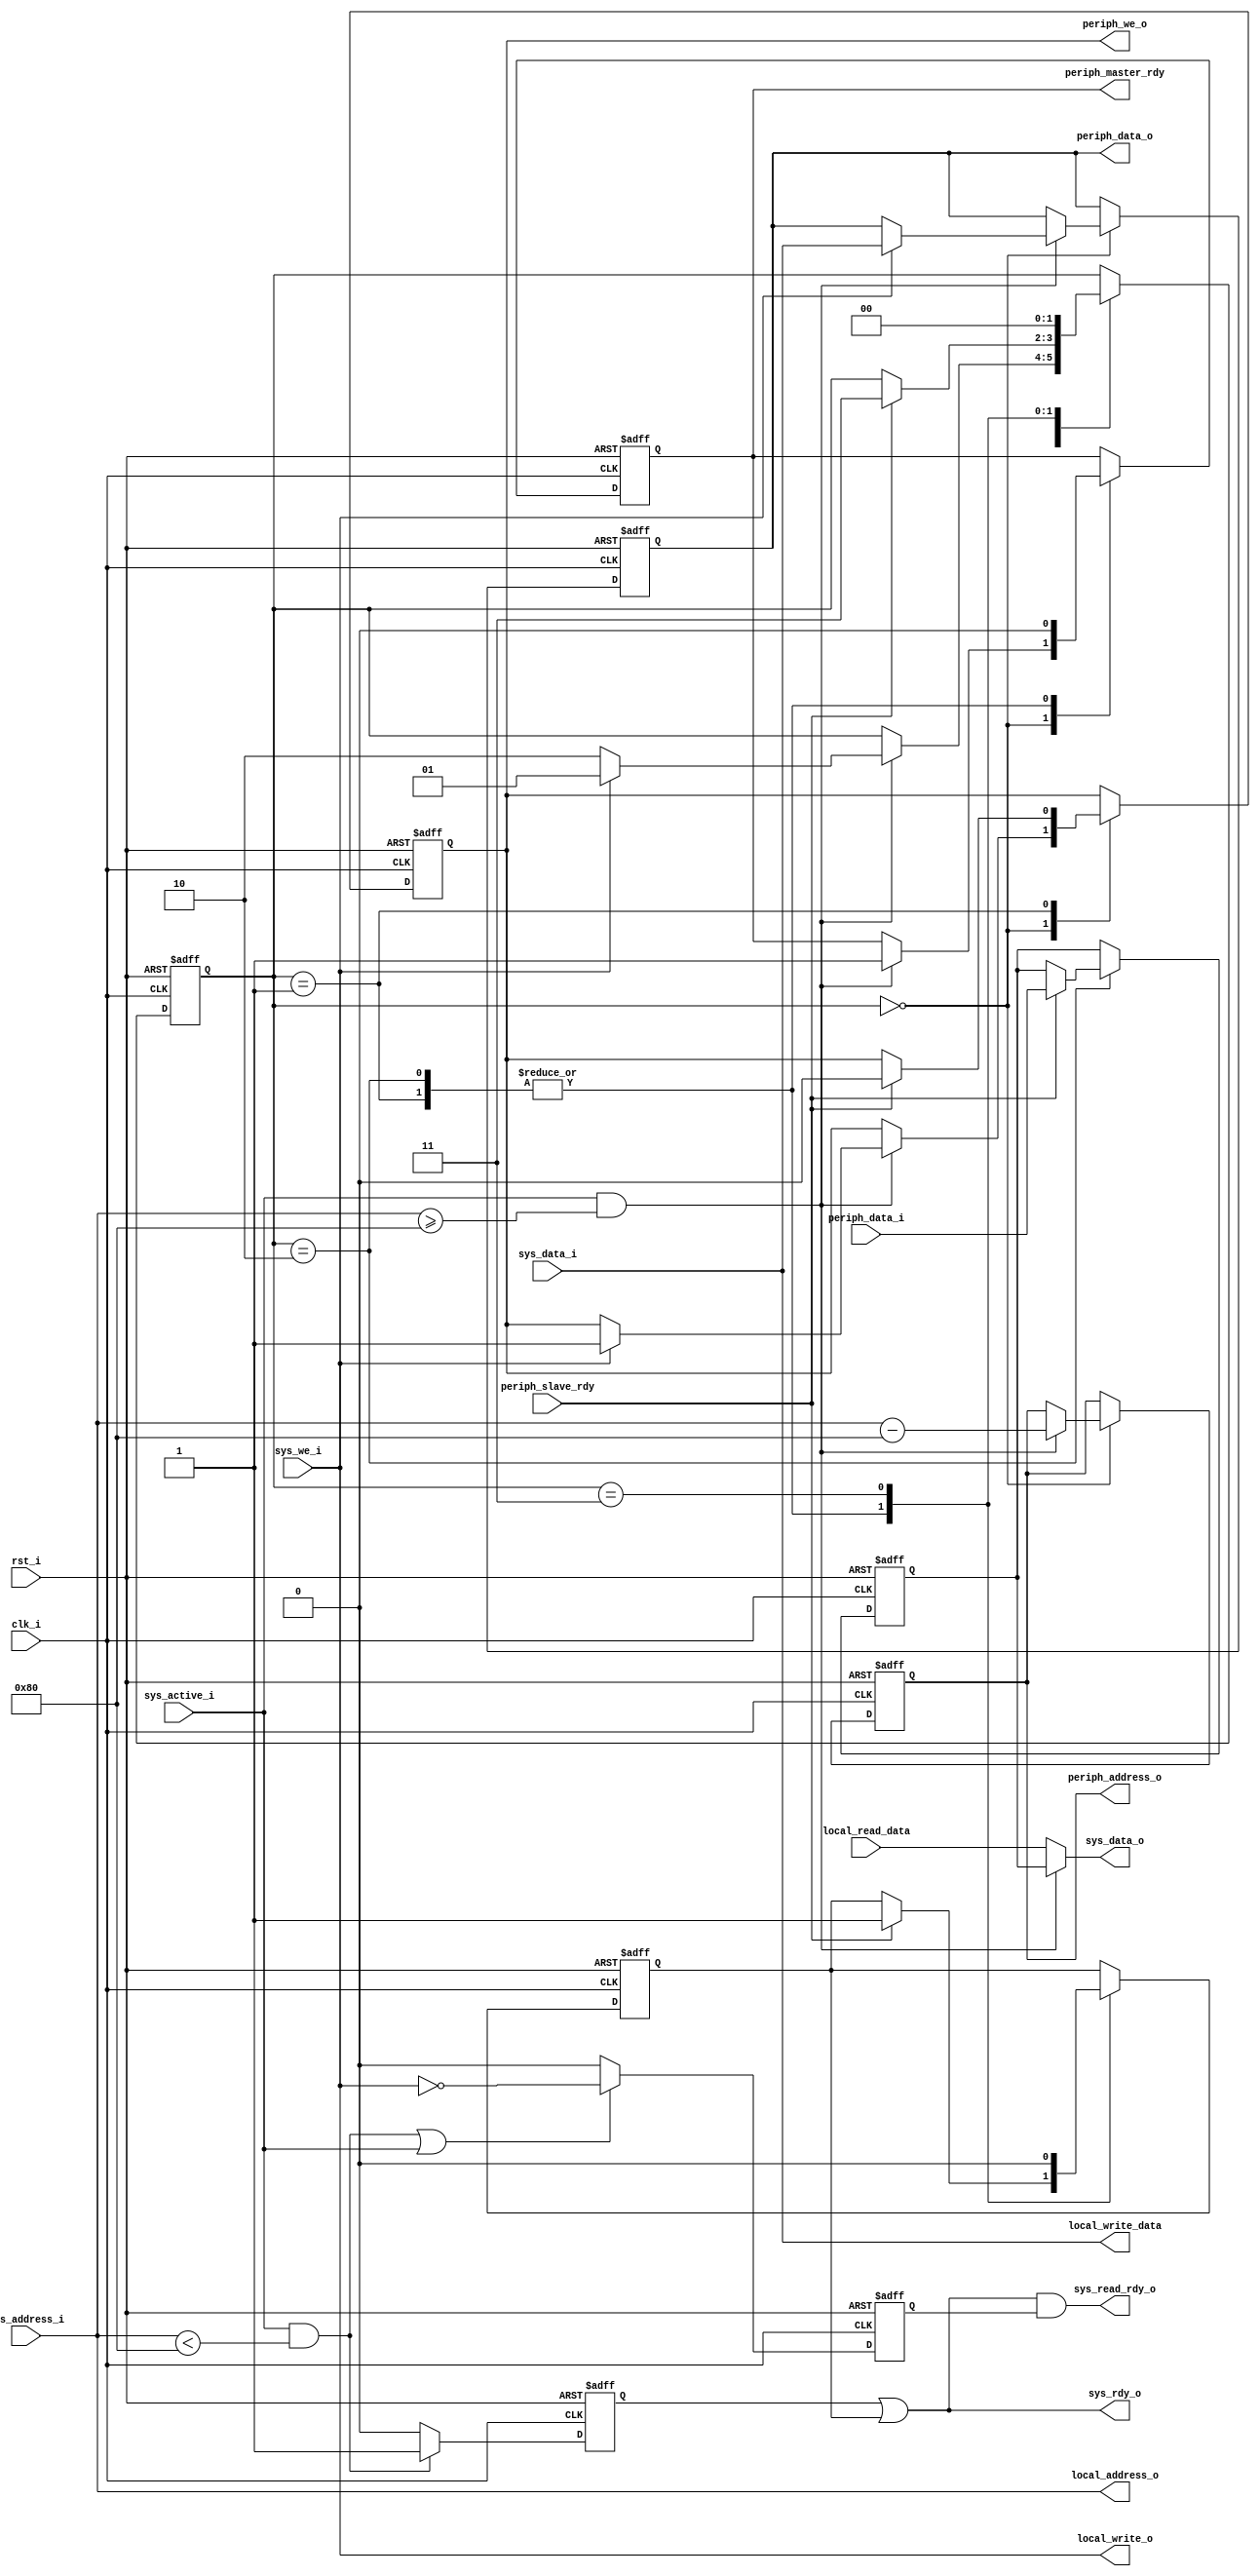
module memory_controller #(
    parameter                              DATA_WIDTH       = 16,    // Width for data in registers and instructions.
    parameter                              AUB              = 8,    // Addressable unit bits, size of byte.
    parameter                              ADDR_WIDTH       = 16,    // Width of the addresses.
    parameter                              MEMORY_SIZE      = 256,    // How many bytes are in memory at total.
    parameter                              PERIPHERAL_BASE  = 128,    // The first address for peripherals.
    parameter                              REGISTER_COUNT   = 8,    // How many registers are supported in the core.
    parameter                              DATA_BYTES       = DATA_WIDTH/AUB,    // How many bytes in data width.
    parameter                              CONTROL_RANGE    = 'h40    // How many AUBs are reserved for control data.
) (
    // Interface: cpu_clk_sink
    // The clock and reset comes through this interface.
    input                               clk_i,    // The mandatory clock, as this is synchronous logic.
    input                               rst_i,    // The mandatory reset, as this is synchronous logic.

    // Interface: cpu_system
    // Connects the component to other CPU components.
    input                               sys_active_i,
    input          [ADDR_WIDTH-1:0]     sys_address_i,
    input          [DATA_WIDTH-1:0]     sys_data_i,
    input                               sys_we_i,
    output         [DATA_WIDTH-1:0]     sys_data_o,
    output                              sys_rdy_o,
    output                              sys_read_rdy_o,

    // Interface: local_data
    // Connects to the local data memory.
    input          [DATA_WIDTH-1:0]     local_read_data,
    output         [ADDR_WIDTH-1:0]     local_address_o,
    output         [DATA_WIDTH-1:0]     local_write_data,
    output                              local_write_o,

    // Interface: peripheral_access
    // Controller accesses peripherals through this interface.
    input          [DATA_WIDTH-1:0]     periph_data_i,
    input                               periph_slave_rdy,
    output reg     [ADDR_WIDTH-1:0]     periph_address_o,
    output reg     [DATA_WIDTH-1:0]     periph_data_o,
    output reg                          periph_master_rdy,
    output reg                          periph_we_o
);

// WARNING: EVERYTHING ON AND ABOVE THIS LINE MAY BE OVERWRITTEN BY KACTUS2!!!
    
    // Choose the active address block, if any.
    wire local_mem_active = sys_active_i && sys_address_i < PERIPHERAL_BASE;
    wire periph_mem_active = sys_active_i && sys_address_i >= PERIPHERAL_BASE;
    reg periph_mem_rdy;
    reg local_mem_rdy;
    
    reg [DATA_WIDTH-1:0] periph_load_value;
    // 1 = Last operation was read, else zero.
    reg read_operation;
    
    assign sys_data_o = periph_mem_active ? periph_load_value : local_read_data;
    
    assign local_write_data = sys_data_i;
    assign local_write_o = sys_we_i;
    assign local_address_o = sys_address_i;
    
    assign sys_rdy_o = local_mem_rdy | periph_mem_rdy;
    assign sys_read_rdy_o = sys_rdy_o && read_operation;
    
    always @(posedge clk_i or posedge rst_i) begin
        if(rst_i == 1'b1) begin
            local_mem_rdy <= 0;
            read_operation <= 0;
        end
        else begin
            if (local_mem_active) begin
                local_mem_rdy <= 1;
            end
            else begin
                local_mem_rdy <= 0;
            end
            
            if (local_mem_active || sys_active_i) begin
                read_operation <= ~sys_we_i;
            end
            else begin
                read_operation <= 0;
            end
        end
    end
    
    // The state of peripheral access.
    reg [1:0] state;
    
    // The available states for peripheral access.
    parameter [1:0]
        S_WAIT          = 2'd0, 
        S_WAIT_WRITE     = 2'd1, 
        S_WAIT_READ     = 2'd2, 
        S_DEASSERT     = 2'd3;
    
    always @(posedge clk_i or posedge rst_i) begin
        if(rst_i == 1'b1) begin
            // Start with wait
            state <= S_WAIT;
            periph_mem_rdy <= 0;
            periph_load_value <= 0;
            
            // Outputs are zero by default.
            periph_address_o <= 0;
            periph_data_o <= 0;
            periph_master_rdy <= 0;
            periph_we_o <= 0;
        end
        else begin
        case(state)
            S_WAIT: begin
                if (periph_mem_active == 1) begin
                    if (sys_we_i == 1) begin
                        periph_we_o <= 1;
                        periph_data_o <= sys_data_i;
                        state <= S_WAIT_WRITE;
                    end
                    else begin
                        state <= S_WAIT_READ;
                    end

                    periph_master_rdy <= 1;
                    periph_address_o <= sys_address_i - PERIPHERAL_BASE;
                end
            end
            S_WAIT_WRITE: begin
                periph_master_rdy <= 0;
                if (periph_slave_rdy == 1) begin
                    state <= S_DEASSERT;
                    periph_mem_rdy <= 1;
                    
                    // Deassert write.
                    periph_we_o  <= 0;
                end
            end
            S_WAIT_READ: begin
                periph_master_rdy <= 0;
                if (periph_slave_rdy == 1) begin
                    state <= S_DEASSERT;
                    periph_load_value <= periph_data_i;
                    periph_mem_rdy <= 1;
                end
            end
            S_DEASSERT: begin
                state <= S_WAIT;
                periph_mem_rdy <= 0;
            end
            default: begin
                $display("ERROR: Unkown state: %d", state);
            end
        endcase
        end
    end
endmodule